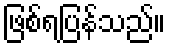
ဖြစ်ရပြန်သည်။